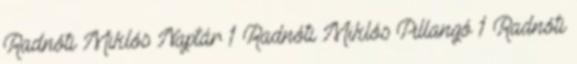
Radnóti Miklós Naptár 1 Radnóti Miklós Pillangó 1 Radnóti